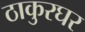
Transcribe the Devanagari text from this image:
ठाकुरघर